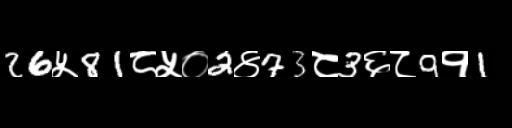
Text: 26५81८५०2४73८3६८9१1